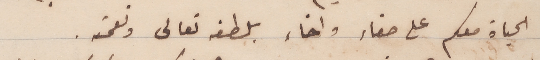
الحياة معكم على صفاء واخاء بلطفه تعالى ونعمته.